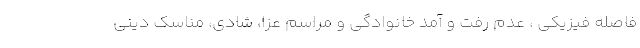
فاصله فیزیکی ، عدم رفت و آمد خانوادگی و مراسم عزا، شادی، مناسک دینی